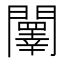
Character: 䦴